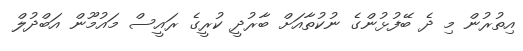
އިތުރުން މި ދެ ބޭފުޅުންގެ ނުކުތާއަށް ބާރުދީ ކުރީގެ ރައީސް މައުމޫން އަބްދުލް